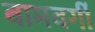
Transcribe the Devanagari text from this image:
बामवर्गी